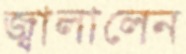
জ্বালালেন